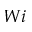
W i